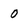
Character: 0